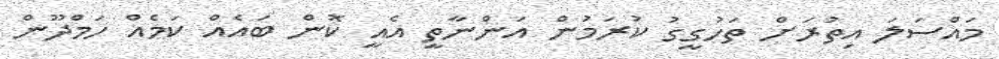
މައްސަލަ އިތުރަށް ތަހުގީގު ކުރަމުން އަންނާތީ އެއީ ކޮން ބައެއް ކަމެއް ހަމްދޫން